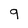
Character: q